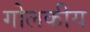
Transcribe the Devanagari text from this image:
गोलकीय